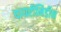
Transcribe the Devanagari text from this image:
पायरीमिडीन